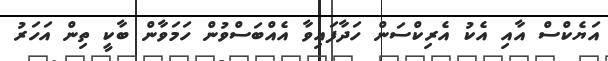
އަޔެކްސް އާއި އެކު އެރިކްސަން ހަދާފައިވާ އެއްބަސްވުން ހަމަވާން ބާކީ ތިން އަހަރު